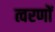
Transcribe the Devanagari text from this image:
त्वरणों